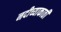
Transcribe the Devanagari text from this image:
नदीच्याकाठी